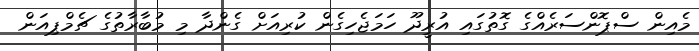
މެއިން ސްޕޮންސަރެއްގެ ގޮތުގައި އުރީދޫ ހަމަޖެހިގެން ކުރިއަށް ގެންދާ މި މުބާރާތުގެ ޗެމްޕިއަން